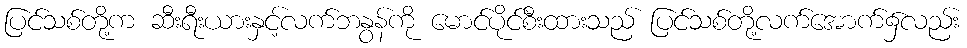
ပြင်သစ်တို့က ဆီးရီးယားနှင့်လက်ဘနွန်ကို မောင်ပိုင်စီးထားသည် ပြင်သစ်တို့လက်အောက်၌လည်း